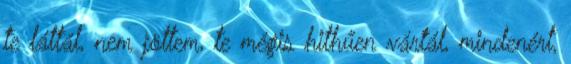
te láttál, nem jöttem, te mégis hithűen vártál, mindenért,